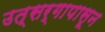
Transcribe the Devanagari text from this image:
उत्सर्गापासून